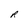
Character: R